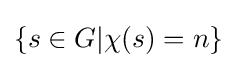
\{s\in G|\chi (s)=n\}